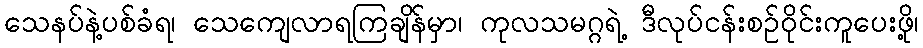
သေနပ်နဲ့ပစ်ခံရ၊ သေကျေလာရကြချိန်မှာ၊ ကုလသမဂ္ဂရဲ့ ဒီလုပ်ငန်းစဉ်ဝိုင်းကူပေးဖို့၊